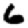
Digit: 6